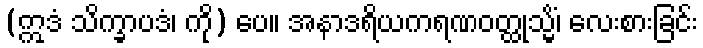
(ဣဒံ သိက္ခာပဒံ၊ ကို) ပေ။ အနာဒရိယကရဏဝတ္ထုသ္မိံ၊ လေးစားခြင်း